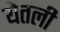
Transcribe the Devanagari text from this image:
येतली